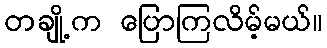
တချို့က ပြောကြလိမ့်မယ်။